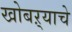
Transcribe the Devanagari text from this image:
खोबऱ्याचे